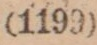
(1109)